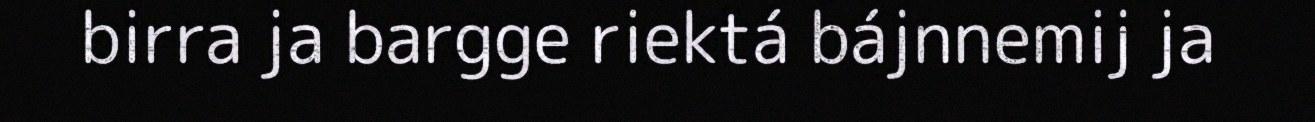
birra ja bargge riektá bájnnemij ja